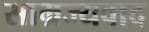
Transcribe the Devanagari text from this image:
साम्रज्यवाद